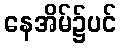
နေအိမ်၌ပင်